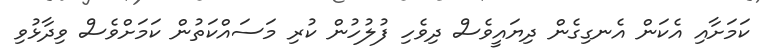
ކަމަށާއި އެކަން އެނގިގެން ދިޔައީވެސް ދިވެހި ފުލުހުން ކުރި މަސައްކަތުން ކަމަށްވެސް ވިދާޅުވި